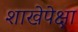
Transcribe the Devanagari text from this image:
शाखेपेक्षा